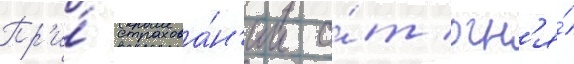
Пр'и́ страхова́н'ии о́т огн'я́